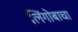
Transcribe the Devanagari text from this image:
लिंगोबाचा